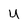
Character: u